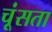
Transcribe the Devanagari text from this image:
चूंसता